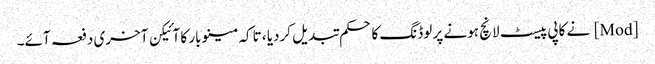
[Mod] نے کاپی پیسٹ لانچ ہونے پر لوڈنگ کا حکم تبدیل کردیا ، تاکہ مینو بار کا آئیکن آخری دفعہ آئے۔